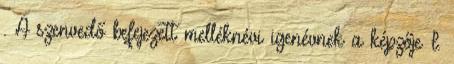
. A szenvedő befejezett melléknévi igenévnek a képzője I.